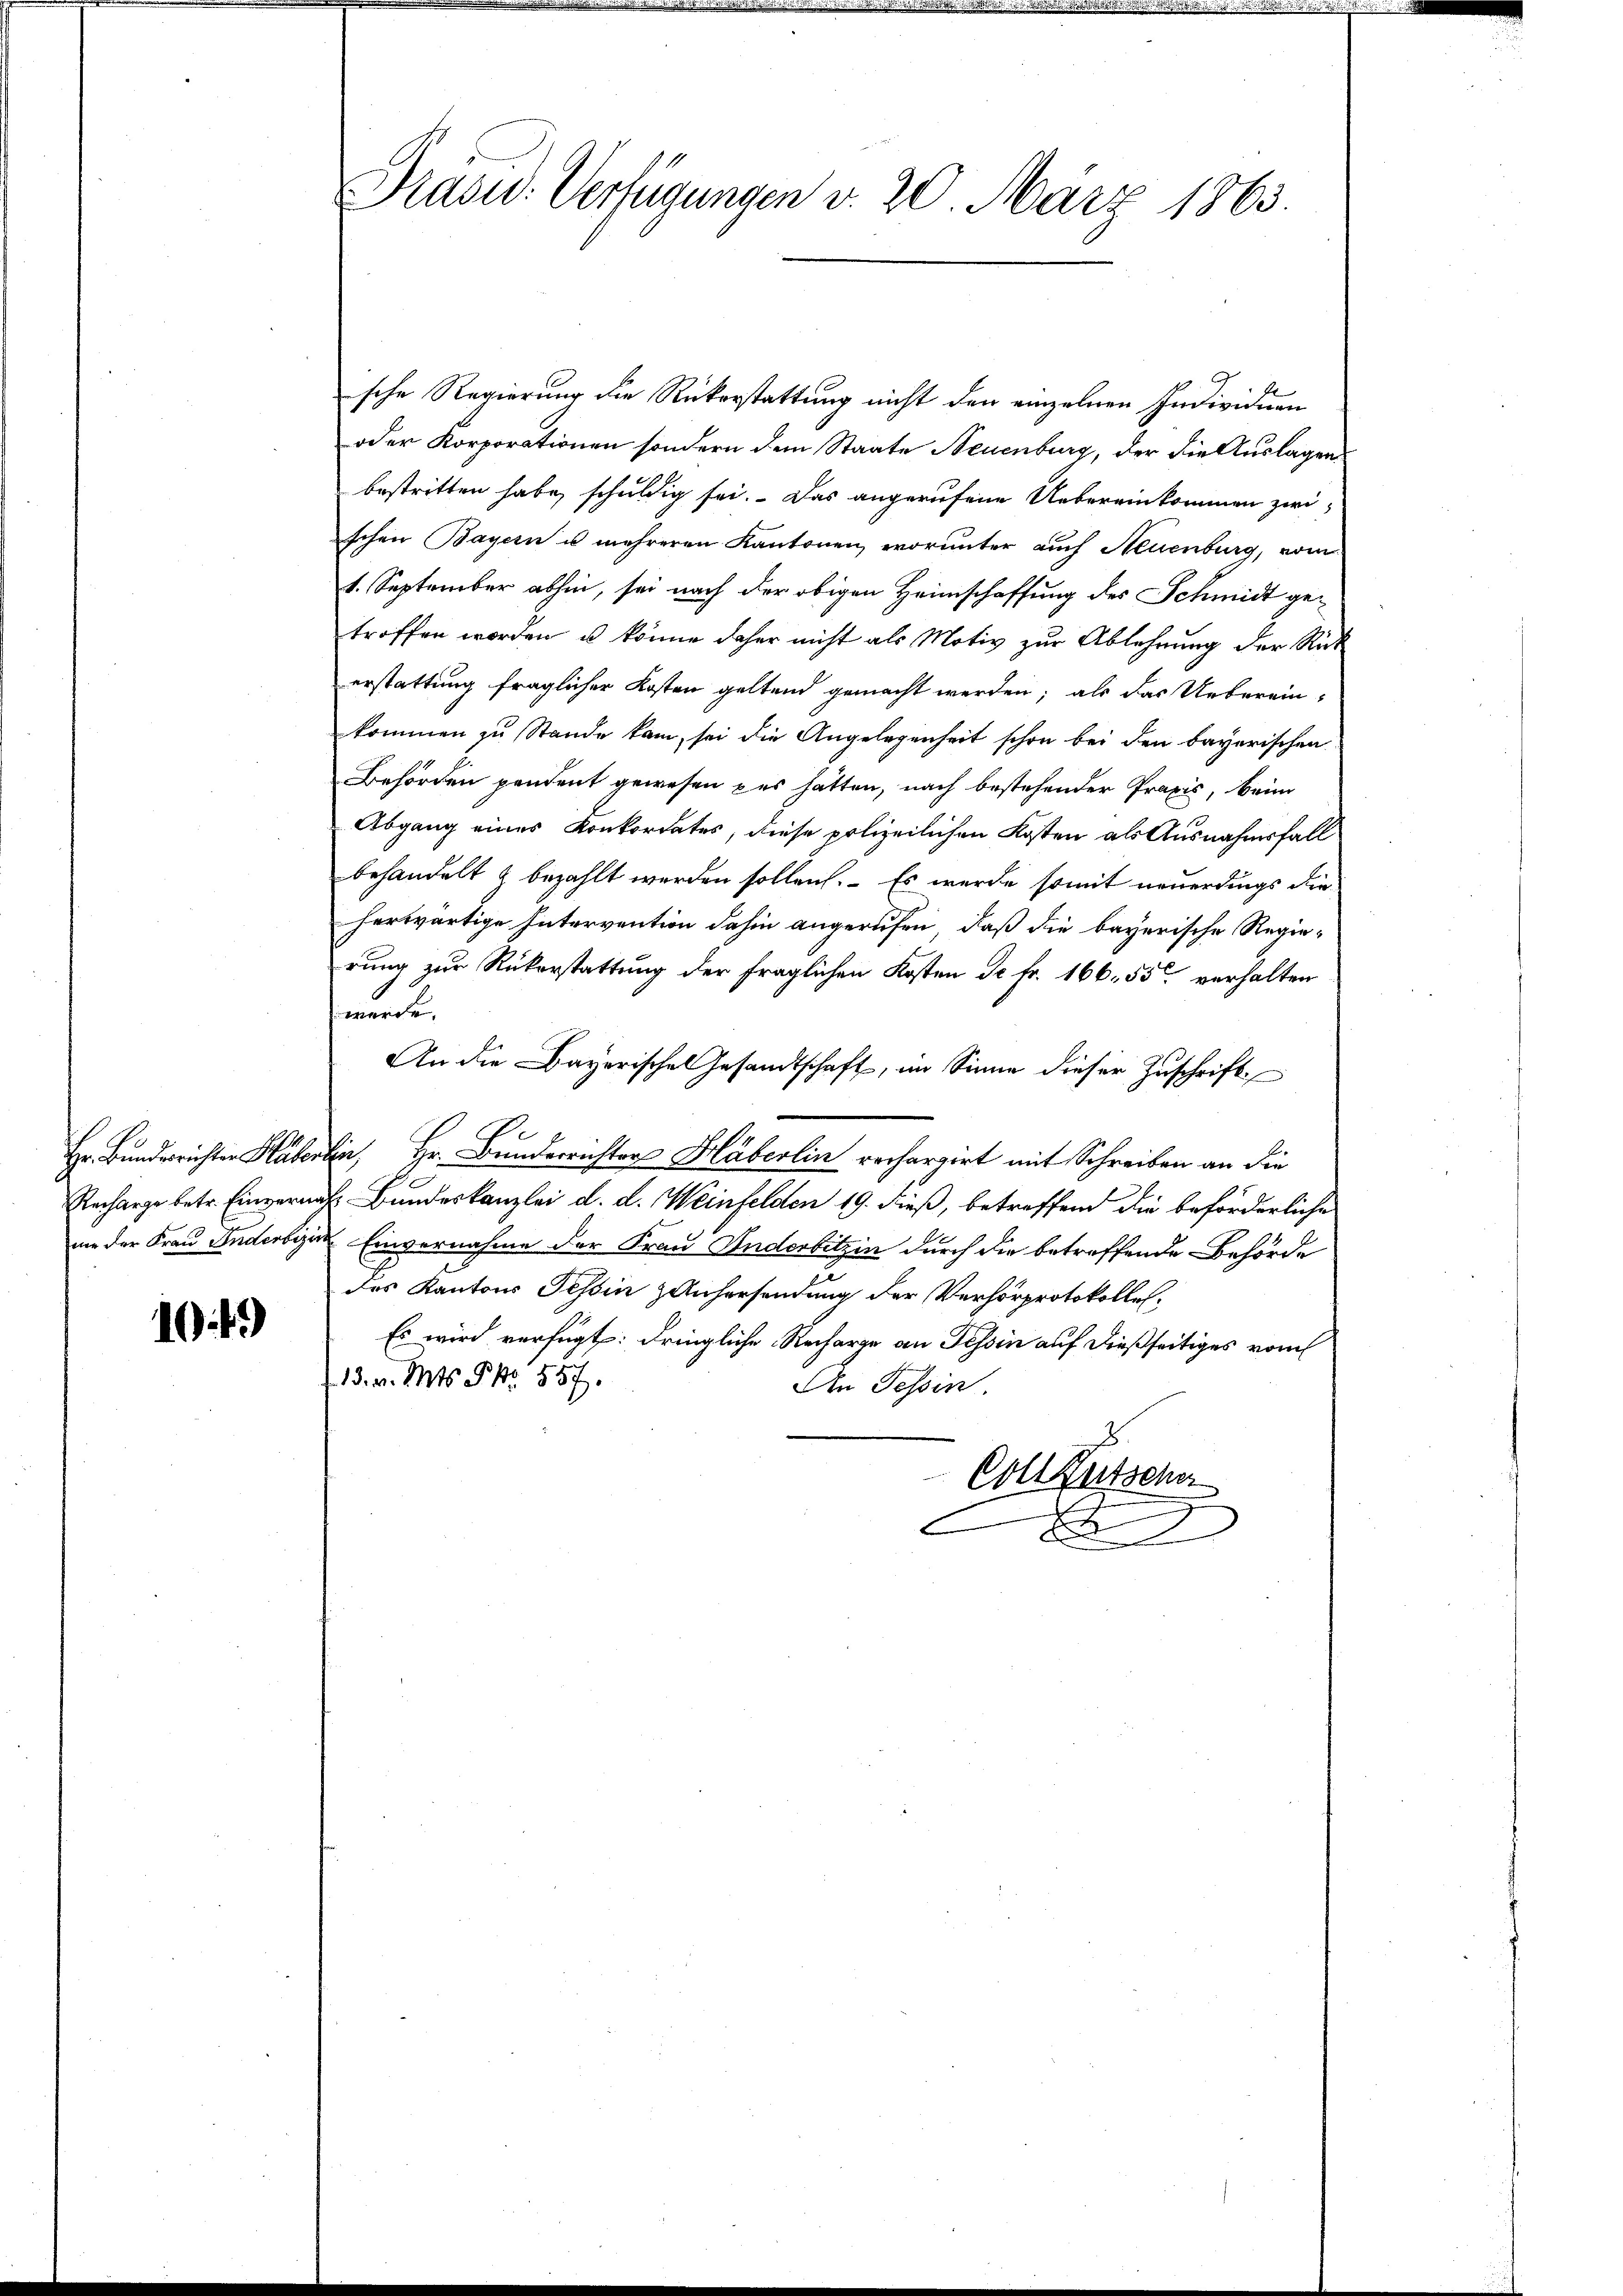
1049

Prasid. Verfügungen v. 20. März 1863.

ische Regierung die Rükerstattung nicht den einzelnen Individuen
oder Korporationen sondern dem Staate Neuenburg, der die Auslagen
bestritten habe, schuldig sei. Das angerufene Uebereinkommen zwischen Bayern u. mehreren Kantonen, worunter auch Neuenburg, vom
1. September abhin, sei nach der obigen Heimschaffung des Schmidt getroffen worden, u. könne daher nicht als Motiv zur Ablehrung der Rück
erstattung fraglicher Kosten geltend gemacht werden; als das Uebereinkommen zu Stande kam, sei die Angelegenheit schon bei den bayerischen
Behörden pendent gewesen es hätten, nach bestehender Praxis, beim
Abgang eines Konkordates, diese polizeilichen Kosten als Ausnahmsfall
behandelt & bezahlt werden sollen. – Es wurde somit neuerdings die
herwärtige Intervention dahin angerufen, daß die bayerische Regierung zur Rükerstattung der fraglichen Kosten Dr. Fr. 166. 55 verhalten
werde.
An die Bayerische Gesandtschaft, im Sinne dieser Zuschrift
e
Hr. Bundesrichter Huberlin, Hr. Bunderrichter Häberlin rechargirt mit Schreiben an die
Recharge betr. Einvernach Bundeskanzlei d. d. Weinfelden 19. dieß, betreffend die beförderliche
mie der Frau Anderbezirk Einvernahme der Frau Anderbitzin durch die betreffende Behörde
des Kantons Tessin Anhersendung der Verhörprotokolle¬
Es wird verfügt: dringliche Recharge an Tessin auf dießseitiges vom
13. v. Mts. S. 557.
An Tessin.
.
Coll Rutscher
C
E
x